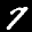
Label: 7